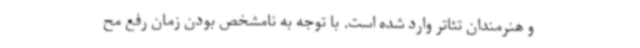
و هنرمندان تئاتر وارد شده است. با توجه به نامشخص بودن زمان رفع مح